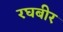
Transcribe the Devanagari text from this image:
रघबीर